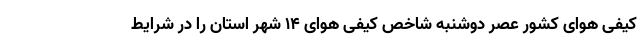
کیفی هوای کشور عصر دوشنبه شاخص کیفی هوای ۱۴ شهر استان را در شرایط